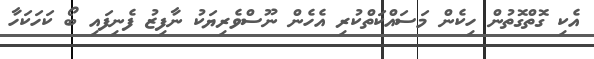
އެކި ގޮތްގޮތުން ހިކެން މަސައްކަތްކުރި އެހެން ނޫސްވެރިޔަކު ނާފިޒު ފެނިފައި ބޯ ކަހަކަހާ